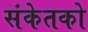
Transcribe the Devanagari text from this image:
संकेतको